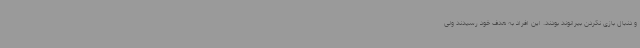
و دنبال بازی نکردن بیرانوند بودند. این افراد به هدف خود رسیدند ولی